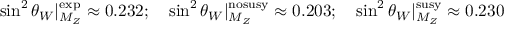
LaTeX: \sin ^ { 2 } \theta _ { W } | _ { M _ { Z } } ^ { \mathrm { e x p } } \approx 0 . 2 3 2 ; \quad \sin ^ { 2 } \theta _ { W } | _ { M _ { Z } } ^ { \mathrm { n o s u s y } } \approx 0 . 2 0 3 ; \quad \sin ^ { 2 } \theta _ { W } | _ { M _ { Z } } ^ { \mathrm { s u s y } } \approx 0 . 2 3 0